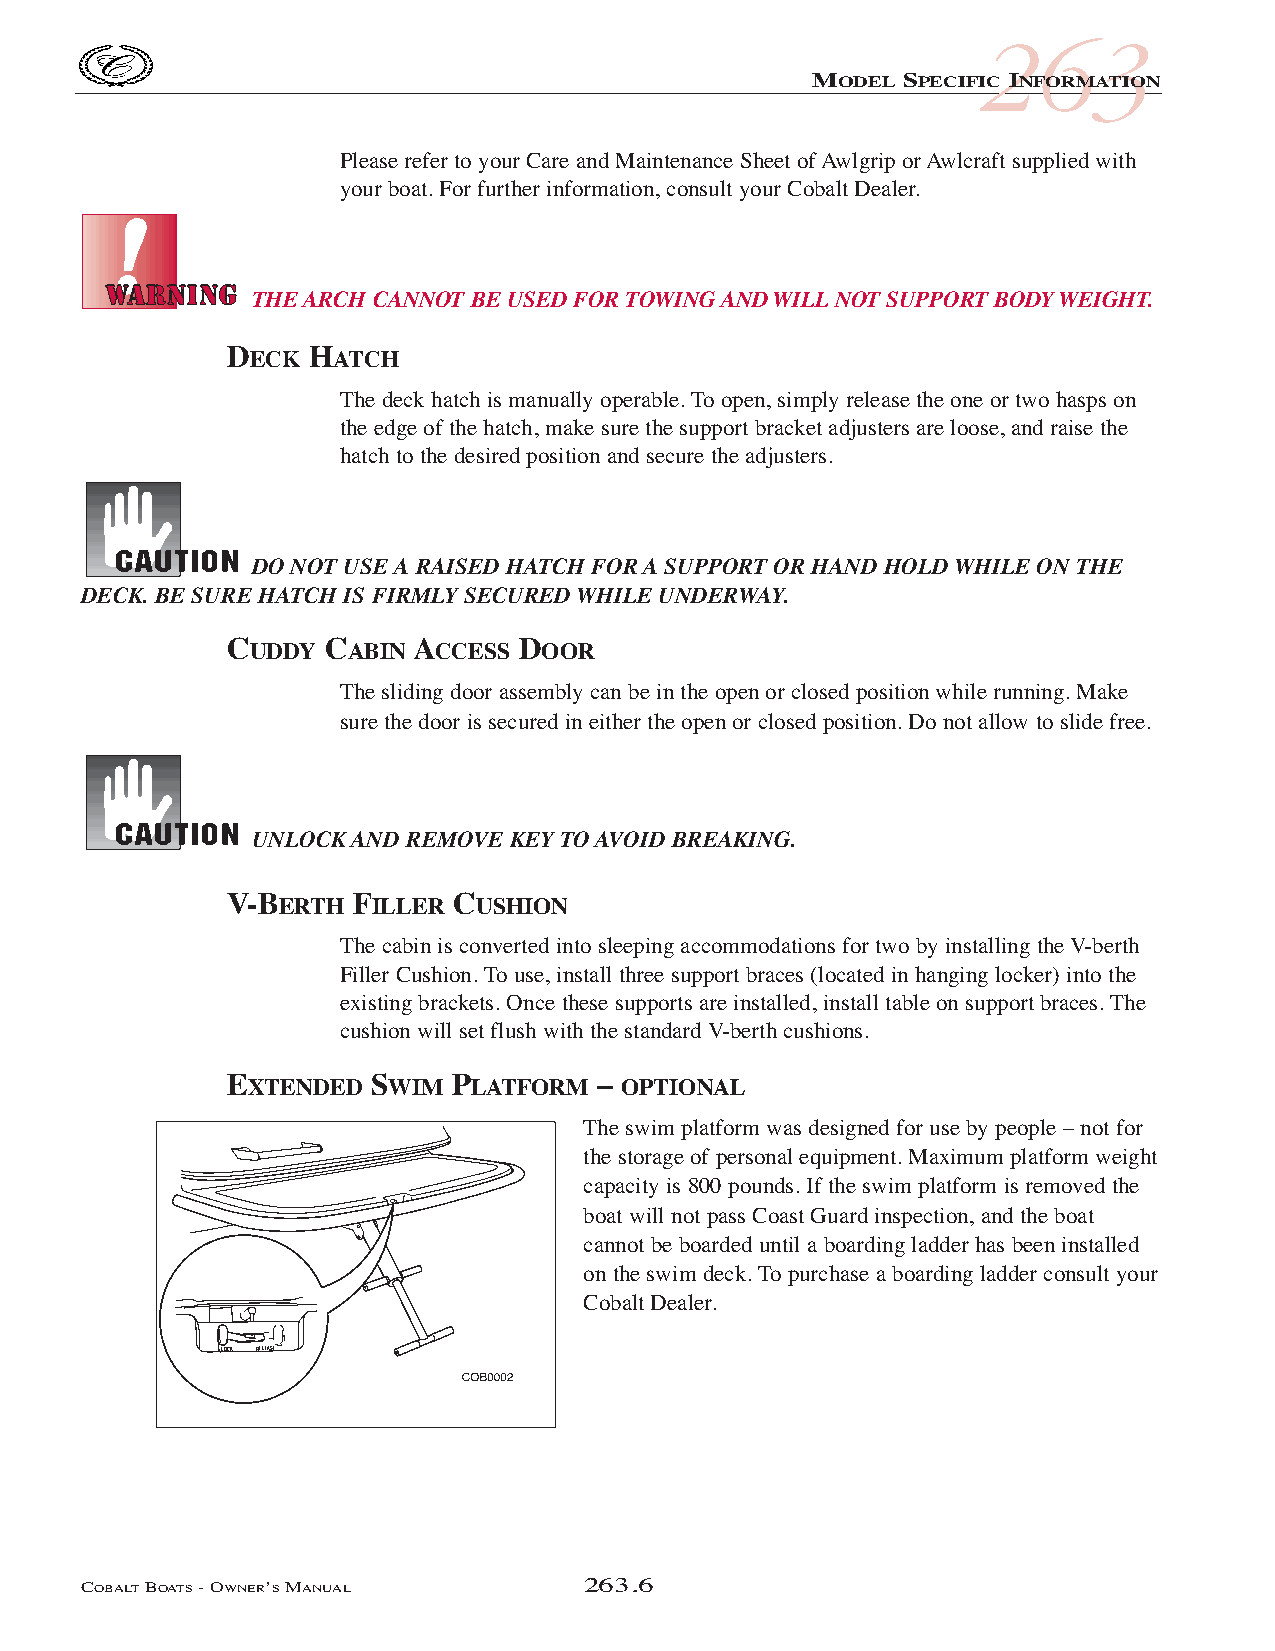
COB_05 Sect 262.qxd 3/18/05 9:28 AM Page 263.6
 263
 MODEL SPECIFIC INFORMATION
 Please refer to your Care and Maintenance Sheet of Awlgrip or Awlcraft supplied with
 your boat. For further information, consult your Cobalt Dealer.
 THE ARCH CANNOT BE USED FOR TOWING AND WILL NOT SUPPORT BODY WEIGHT.
 DECK  HATCH
 The deck hatch is manually operable. To open, simply release the one or two hasps on
 the edge of the hatch, make sure the support bracket adjusters are loose, and raise the
 hatch to the desired position and secure the adjusters.
 DO NOT USE A RAISED HATCH FOR A SUPPORT OR HAND HOLD WHILE ON THE
 DECK. BE SURE HATCH IS FIRMLY SECURED WHILE UNDERWAY.
 CUDDY  CABIN ACCESS DOOR
 The sliding door assembly can be in the open or closed position while running. Make
 sure the door is secured in either the open or closed position. Do not allow to slide free.
 UNLOCK AND REMOVE KEY TO AVOID BREAKING.
 V-BERTH  FILLER CUSHION
 The cabin is converted into sleeping accommodations for two by installing the V-berth
 Filler Cushion. To use, install three support braces (located in hanging locker) into the
 existing brackets. Once these supports are installed, install table on support braces. The
 cushion will set flush with the standard V-berth cushions.
 EXTENDED  SWIM PLATFORM  – OPTIONAL
 The swim platform was designed for use by people – not for
 the storage of personal equipment. Maximum platform weight
 capacity is 800 pounds. If the swim platform is removed the
 boat will not pass Coast Guard inspection, and the boat
 cannot be boarded until a boarding ladder has been installed
 on the swim deck. To purchase a boarding ladder consult your
 Cobalt Dealer.
 LOCK RELEASE
 COBALTBOATS- OWNER’SMANUAL       263.6